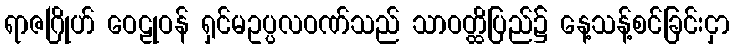
ရာဇဂြိုဟ် ဝေဠုဝန် ရှင်မဥပ္ပလဝဏ်သည် သာဝတ္ထိပြည်၌ နေ့သန့်စင်ခြင်းငှာ